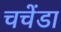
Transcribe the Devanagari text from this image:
चचेंडा